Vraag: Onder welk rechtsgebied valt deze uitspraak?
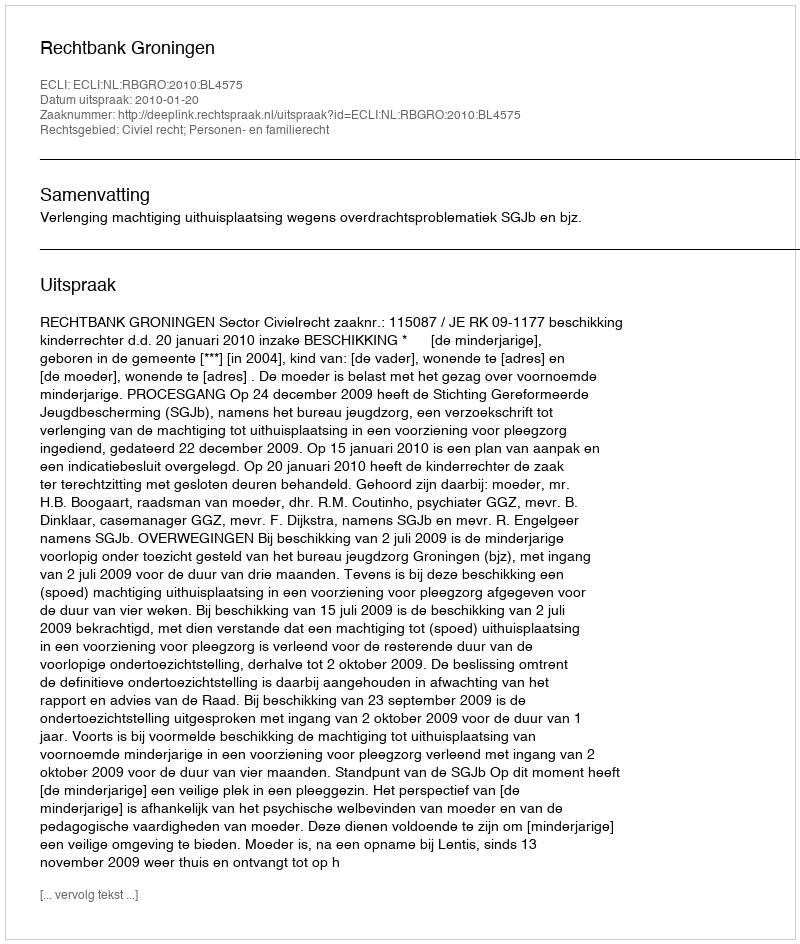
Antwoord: Civiel recht; Personen- en familierecht